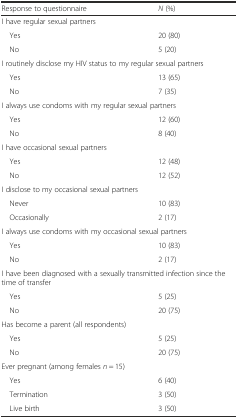
<table><thead><tr><td><b>Response to questionnaire</b></td><td><b><i>N</i> (%)</b></td></tr></thead><tbody><tr><td colspan="2">I have regular sexual partners</td></tr><tr><td> Yes</td><td>20 (80)</td></tr><tr><td> No</td><td>5 (20)</td></tr><tr><td colspan="2">I routinely disclose my HIV status to my regular sexual partners</td></tr><tr><td> Yes</td><td>13 (65)</td></tr><tr><td> No</td><td>7 (35)</td></tr><tr><td colspan="2">I always use condoms with my regular sexual partners</td></tr><tr><td> Yes</td><td>12 (60)</td></tr><tr><td> No</td><td>8 (40)</td></tr><tr><td colspan="2">I have occasional sexual partners</td></tr><tr><td> Yes</td><td>12 (48)</td></tr><tr><td> No</td><td>12 (52)</td></tr><tr><td colspan="2">I disclose to my occasional sexual partners</td></tr><tr><td> Never</td><td>10 (83)</td></tr><tr><td> Occasionally</td><td>2 (17)</td></tr><tr><td colspan="2">I always use condoms with my occasional sexual partners</td></tr><tr><td> Yes</td><td>10 (83)</td></tr><tr><td> No</td><td>2 (17)</td></tr><tr><td colspan="2">I have been diagnosed with a sexually transmitted infection since the time of transfer</td></tr><tr><td> Yes</td><td>5 (25)</td></tr><tr><td> No</td><td>20 (75)</td></tr><tr><td colspan="2">Has become a parent (all respondents)</td></tr><tr><td> Yes</td><td>5 (25)</td></tr><tr><td> No</td><td>20 (75)</td></tr><tr><td colspan="2">Ever pregnant (among females <i>n</i> = 15)</td></tr><tr><td> Yes</td><td>6 (40)</td></tr><tr><td> Termination</td><td>3 (50)</td></tr><tr><td> Live birth</td><td>3 (50)</td></tr></tbody></table>